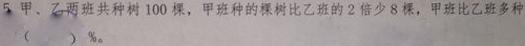
5. 甲、乙两班共种树100棵，甲班种的棵树比乙班的2倍少8棵，甲班比乙班多种（  ）%。